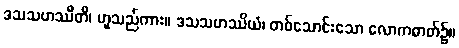
ဒသသဟဿီတိ၊ ဟူသည်ကား။ ဒသသဟဿိယံ၊ တစ်သောင်းသော လောကဓာတ်၌။